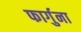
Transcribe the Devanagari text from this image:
फार्गुना